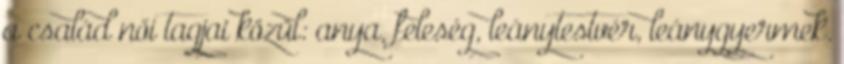
a család női tagjai közül: anya, feleség, leánytestvér, leánygyermek.